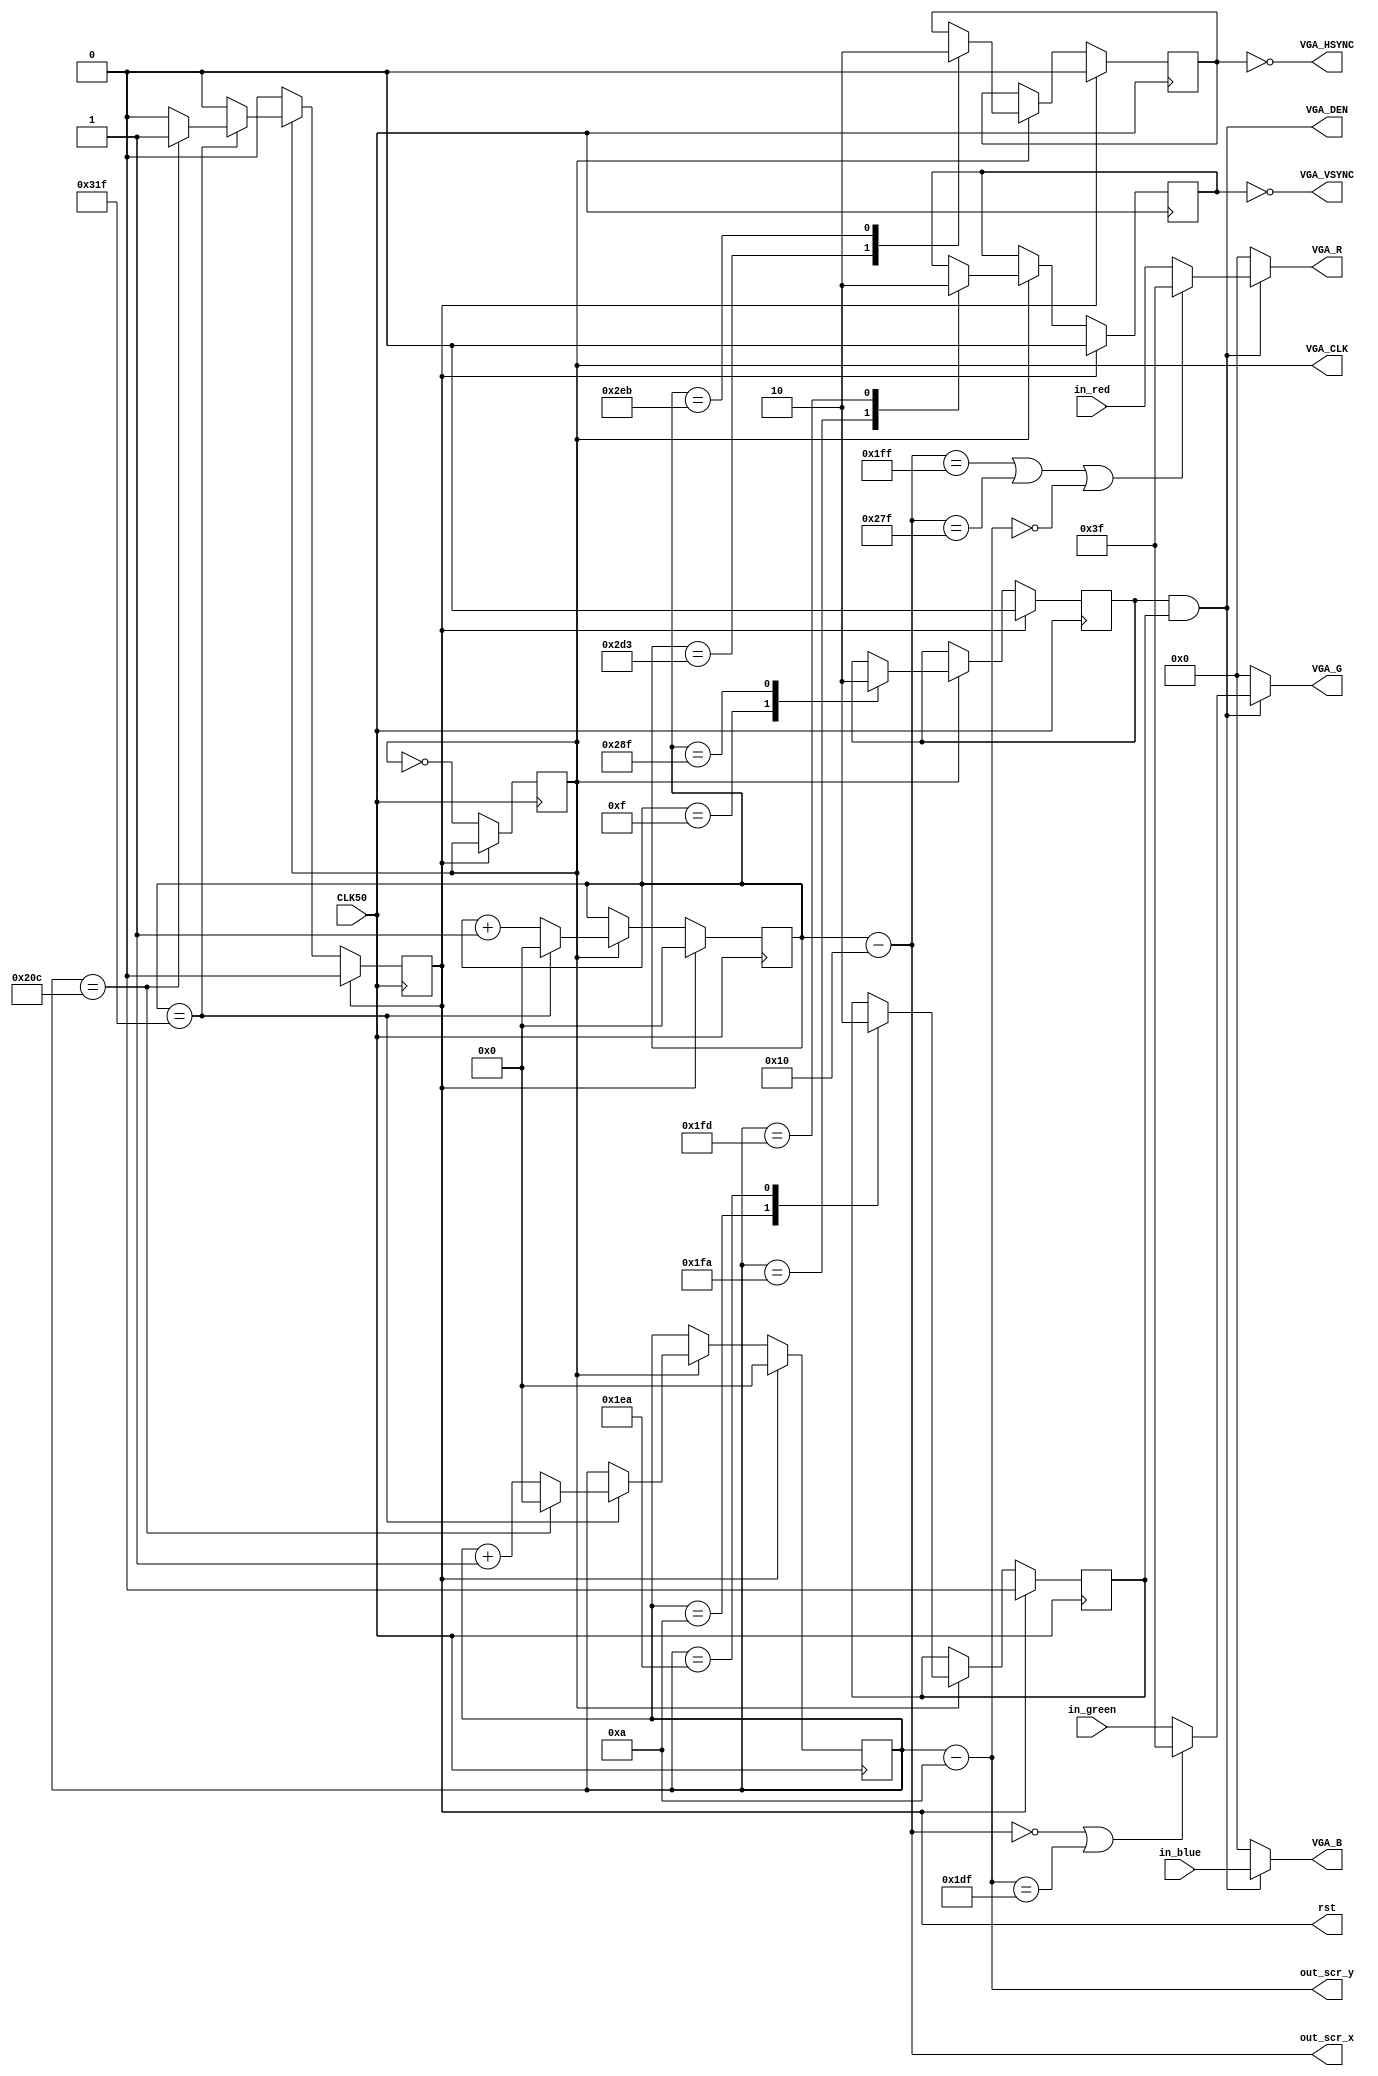
module vga(CLK50, VGA_R, VGA_G, VGA_B, VGA_HSYNC, VGA_VSYNC, VGA_CLK, VGA_DEN, out_scr_x, out_scr_y, in_red, in_green, in_blue, rst);
input                CLK50;
output         [5:0] VGA_R;
output         [5:0] VGA_G;
output         [5:0] VGA_B;
output               VGA_HSYNC;
output               VGA_VSYNC;
output               VGA_CLK;
output               VGA_DEN;
output signed [10:0] out_scr_x;
output signed [10:0] out_scr_y;
input          [5:0] in_red;
input          [5:0] in_green;
input          [5:0] in_blue;
output reg           rst;
//wire rst = 0;

reg  [9:0]  r_cnt_h;
reg  [9:0]  r_cnt_v;
reg         r_hsync;
reg         r_vsync;
reg         r_hden;
reg         r_vden;
reg         clk;
wire        w_den;

wire [5:0] w_red;
wire [5:0] w_green;
wire [5:0] w_blue;

assign VGA_R       = w_den ? w_red : 0;
assign VGA_G       = w_den ? w_green : 0;
assign VGA_B       = w_den ? w_blue : 0;
assign VGA_HSYNC   = ~r_hsync;
assign VGA_VSYNC   = ~r_vsync;
assign w_den       = r_hden & r_vden;
assign VGA_CLK     = clk;
assign VGA_DEN     = w_den;

assign out_scr_x = r_cnt_h - 16;
assign out_scr_y = r_cnt_v - 10;

assign w_red       = (out_scr_x == 511 || out_scr_x == 639 || out_scr_y == 0  ) ? 6'h3f : in_red;
assign w_green     = (out_scr_x == 0   || out_scr_y == 479) ? 6'h3f : in_green;
assign w_blue      = in_blue;

always @ (posedge CLK50) begin
  if (rst) begin
	 r_cnt_h          <= 0;
	 r_cnt_v          <= 0;
	 r_vsync          <= 0;
	 r_hsync          <= 0;
	 r_hden           <= 0;
	 r_vden           <= 0;
	 rst              <= 0;
  end
  else begin
    if (clk) begin
      case (r_cnt_h)
        15:  r_hden   <= 1;
        655: r_hden   <= 0;
        723: r_hsync  <= 1;
        747: r_hsync  <= 0;
        default: ;
      endcase
	 
      case (r_cnt_v)
        10:   r_vden  <= 1;
        490:  r_vden  <= 0;
        506:  r_vsync <= 1;
        509:  r_vsync <= 0;
        default: ;	   
      endcase
	 
      if (r_cnt_h == 799) begin
        r_cnt_h       <= 0;
        if (r_cnt_v == 524) begin
          r_cnt_v     <= 0;
			 rst         <= 1;
        end
        else begin
          r_cnt_v     <= r_cnt_v + 1;
        end
      end
      else begin
        r_cnt_h       <= r_cnt_h + 1;
      end
	 end
	 clk <= ~clk;
  end
end


endmodule